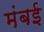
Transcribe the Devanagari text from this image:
मंबई